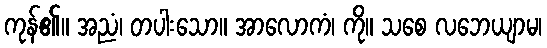
ကုန်၏။ အညံ၊ တပါးသော။ အာလောကံ၊ ကို။ သစေ လဘေယျာမ၊